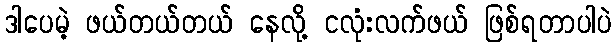
ဒါပေမဲ့ ဖယ်တယ်တယ် နေလို့ ငလုံးလက်ဖယ် ဖြစ်ရတာပါပဲ